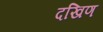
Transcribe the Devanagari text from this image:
दखिण